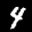
Label: 4